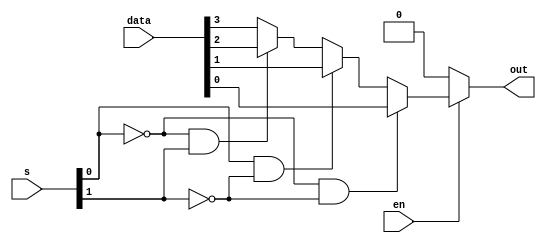
`timescale 1ns / 1ps

module mux4to1b(
    input [3:0] data,
    input [1:0] s,
	 input en,
    output reg out
    );
	 
	 always @(data, s, en)
	 begin
		if(en == 1)
			begin
			 if(s[0] == 0 && s[1] == 0)
				out = data[0];
			 else if(s[0] == 1 && s[1] == 0)
				out = data[1];
			 else if(s[0] == 0 && s[1] == 1)
				out = data[2];
			 else
				out = data[3];
			end
		else 
			out = 0;
	 end
endmodule